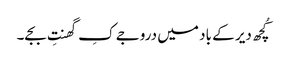
کُچھ دیر کے باد میں دروجے کِ گھنتِ بجے۔